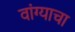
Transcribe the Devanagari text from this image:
वांग्याचा